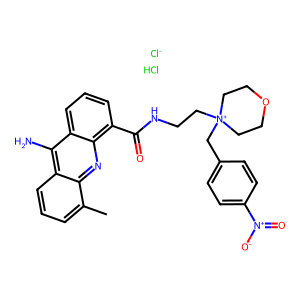
SMILES: Cc1cccc2c(N)c3cccc(C(=O)NCC[N+]4(Cc5ccc([N+](=O)[O-])cc5)CCOCC4)c3nc12.Cl.[Cl-]
Inhibits HIV replication: No